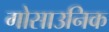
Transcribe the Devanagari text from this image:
गोसाउनिक